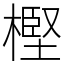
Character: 樫